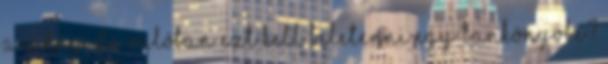
a világ, de valóban ezt kell beletenni egy tankönyvbe?